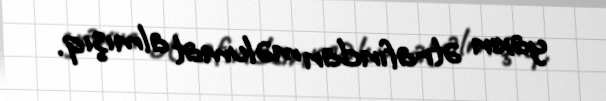
yaxın ətrafından məlumat almışıq.